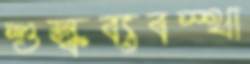
শুল্কব্যবস্থা